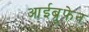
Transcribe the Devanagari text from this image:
आईब्रूफेन